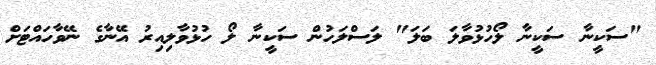
"ސަކީނާ ސަކީނާ ލޯހުޅުވާލަ ބަލަ" ލަސްލަހުން ސަކީނާ ލޯ ހުޅުވާލިއިރު އޭނާގެ ނޭވާހައްޓަށް